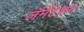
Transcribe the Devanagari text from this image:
लॅमेंटेशन